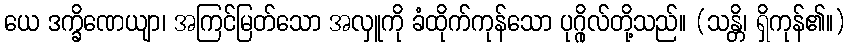
ယေ ဒက္ခိဏေယျာ၊ အကြင်မြတ်သော အလှူကို ခံထိုက်ကုန်သော ပုဂ္ဂိုလ်တို့သည်။ (သန္တိ၊ ရှိကုန်၏။)